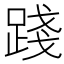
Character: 踐